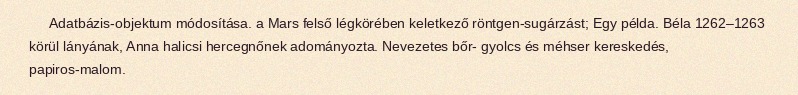
Adatbázis-objektum módosítása. a Mars felső légkörében keletkező röntgen-sugárzást; Egy példa. Béla 1262–1263 körül lányának, Anna halicsi hercegnőnek adományozta. Nevezetes bőr- gyolcs és méhser kereskedés, papiros-malom.